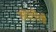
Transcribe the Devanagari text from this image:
मंत्रीली